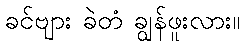
ခင်ဗျား ခဲတံ ချွန်ဖူးလား။